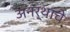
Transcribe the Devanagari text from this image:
अनर्थांचे